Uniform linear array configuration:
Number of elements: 48
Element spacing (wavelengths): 1
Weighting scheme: exponential
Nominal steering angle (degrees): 60
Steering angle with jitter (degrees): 59.915
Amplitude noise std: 0.05
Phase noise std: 0.05

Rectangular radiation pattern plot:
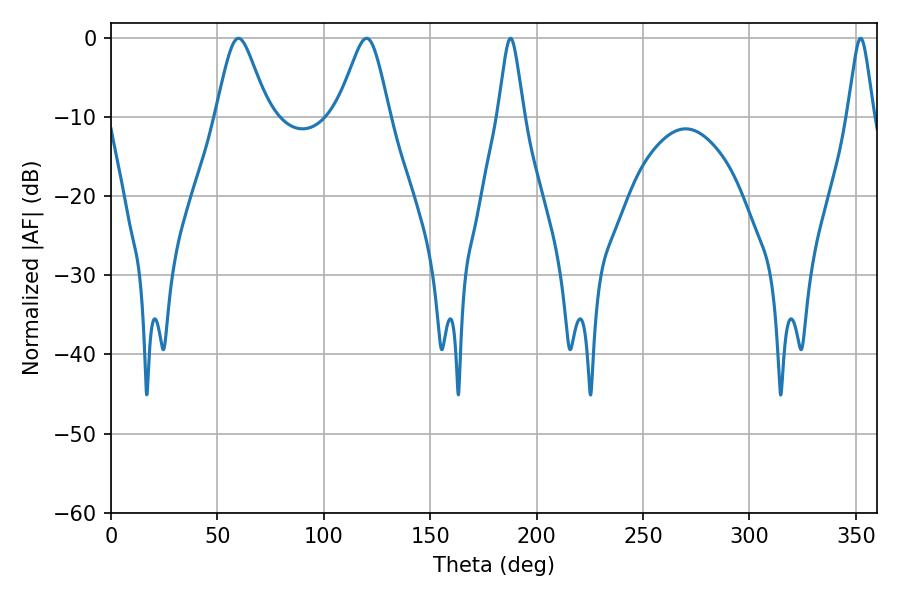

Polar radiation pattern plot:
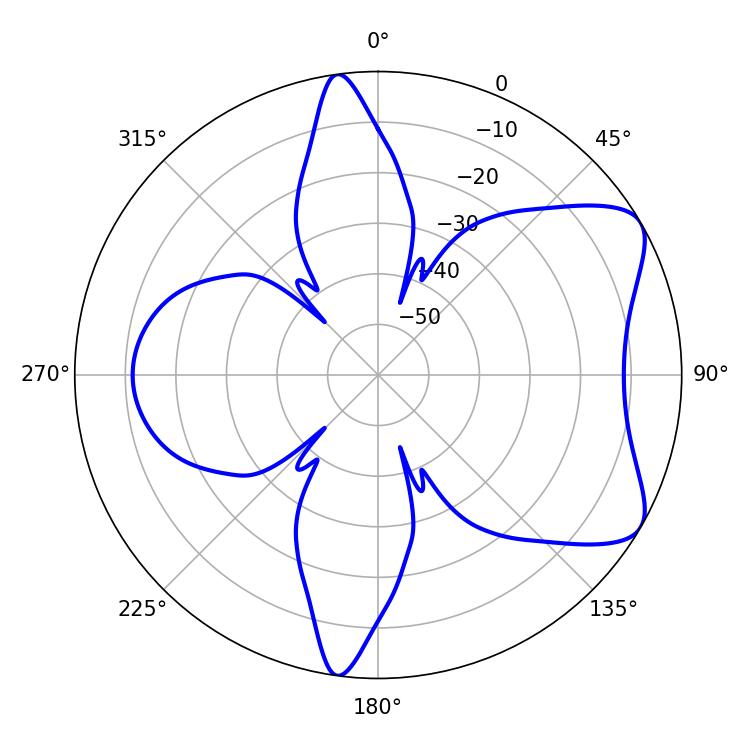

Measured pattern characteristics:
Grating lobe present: TRUE
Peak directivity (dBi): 7.063
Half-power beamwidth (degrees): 5.76
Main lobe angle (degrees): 187.74